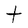
Character: t